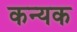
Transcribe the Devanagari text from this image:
कन्यक